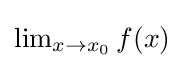
{\textstyle \lim _{x\to x_{0}}f(x)}